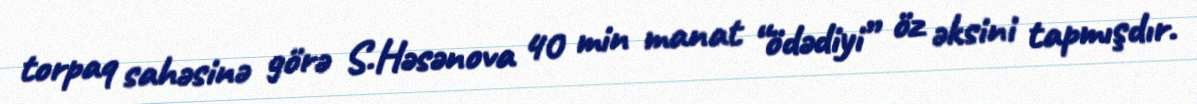
torpaq sahəsinə görə S.Həsənova 40 min manat “ödədiyi” öz əksini tapmışdır.